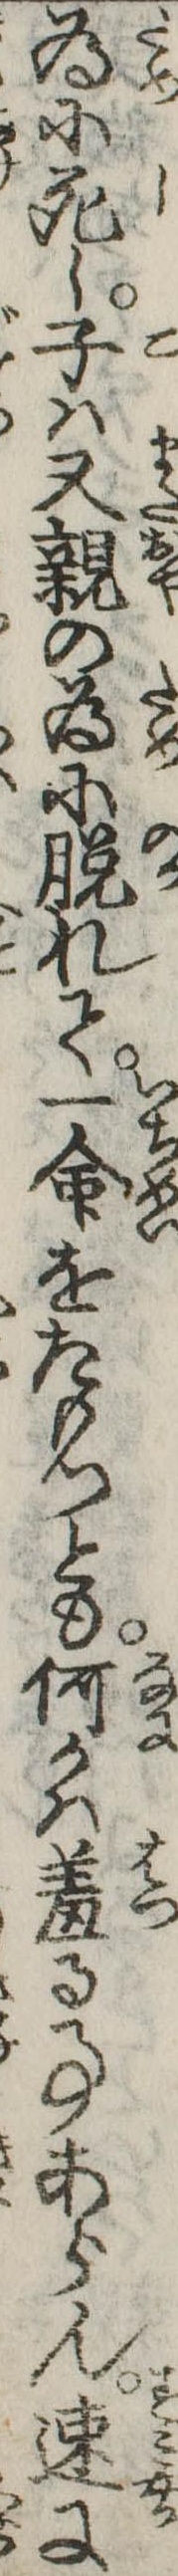
為に死し子は又親の為に脱れて一命をたもつとも何かは羞る事あらん速に